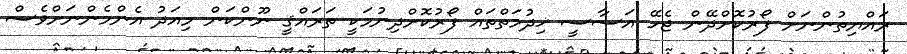
ރައްޔިތުންނަށް ފޯރުކޮށްދޭން ޖެހޭ އަސާސީ ޚިދުމަތްތައް ފޯރުކޮށްދިނުމަކީ ތަރައްޤީ ނޫންކަން މިއަދު އެންމެންނަށްވެސް